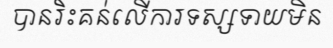
បានរិះគន់លើការទស្សទាយមិន